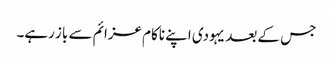
جس کے بعد یہودی اپنے ناکام عزائم سے باز رہے۔